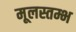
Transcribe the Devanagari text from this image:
मूलस्तम्भ